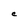
Character: C